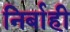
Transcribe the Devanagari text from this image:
निर्बाही